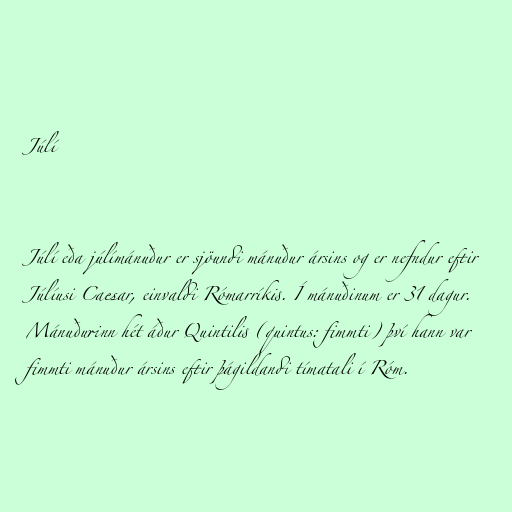
Júlí

Júlí eða júlímánuður er sjöundi mánuður ársins og er nefndur eftir
Júlíusi Caesar, einvaldi Rómarríkis. Í mánuðinum er 31 dagur.
Mánuðurinn hét áður Quintilis (quintus: fimmti) því hann var
fimmti mánuður ársins eftir þágildandi tímatali í Róm.